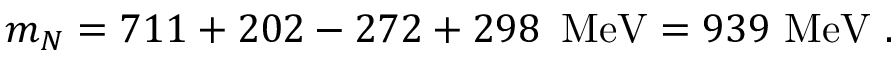
m _ { N } = 7 1 1 + 2 0 2 - 2 7 2 + 2 9 8 \, \, \, \mathrm { M e V } = 9 3 9 \, \, \mathrm { M e V } \, \, .